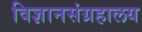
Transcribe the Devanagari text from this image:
विज्ञानसंग्रहालय